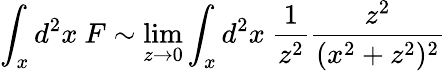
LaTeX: \int_{x}d^{2}x\ F\sim\operatorname*{lim}_{z\rightarrow 0}\int_{x}d^{2}x\ {\frac{1}{z^{2}}}{\frac{z^{2}}{(x^{2}+z^{2})^{2}}}